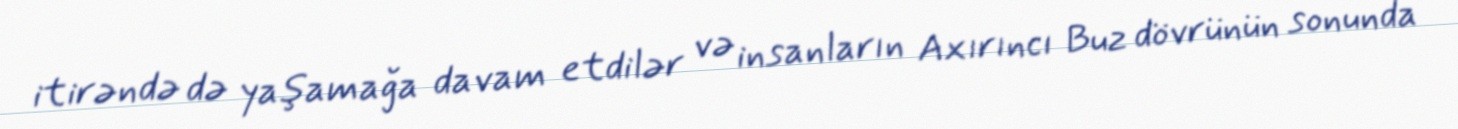
itirəndə də yaşamağa davam etdilər və insanların Axırıncı Buz dövrünün sonunda